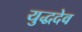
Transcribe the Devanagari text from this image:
युद्धदेव